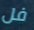
فل